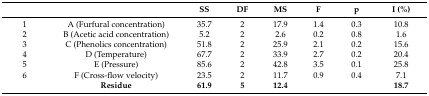
|  |  | SS | DF | MS | F | p | I (%) |
 | --- | --- | --- | --- | --- | --- | --- | --- |
 | 1 | A (Furfural concentration) | 35.7 | 2 | 17.9 | 1.4 | 0.3 | 10.8 |
 | 2 | B (Acetic acid concentration) | 5.2 | 2 | 2.6 | 0.2 | 0.8 | 1.6 |
 | 3 | C (Phenolics concentration) | 51.8 | 2 | 25.9 | 2.1 | 0.2 | 15.6 |
 | 4 | D (Temperature) | 67.7 | 2 | 33.9 | 2.7 | 0.2 | 20.4 |
 | 5 | E (Pressure) | 85.6 | 2 | 42.8 | 3.5 | 0.1 | 25.8 |
 | 6 | F (Cross-flow velocity) | 23.5 | 2 | 11.7 | 0.9 | 0.4 | 7.1 |
 |  | Residue | 61.9 | 5 | 12.4 |  |  | 18.7 |